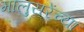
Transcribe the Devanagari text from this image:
मालुसरेंच्या